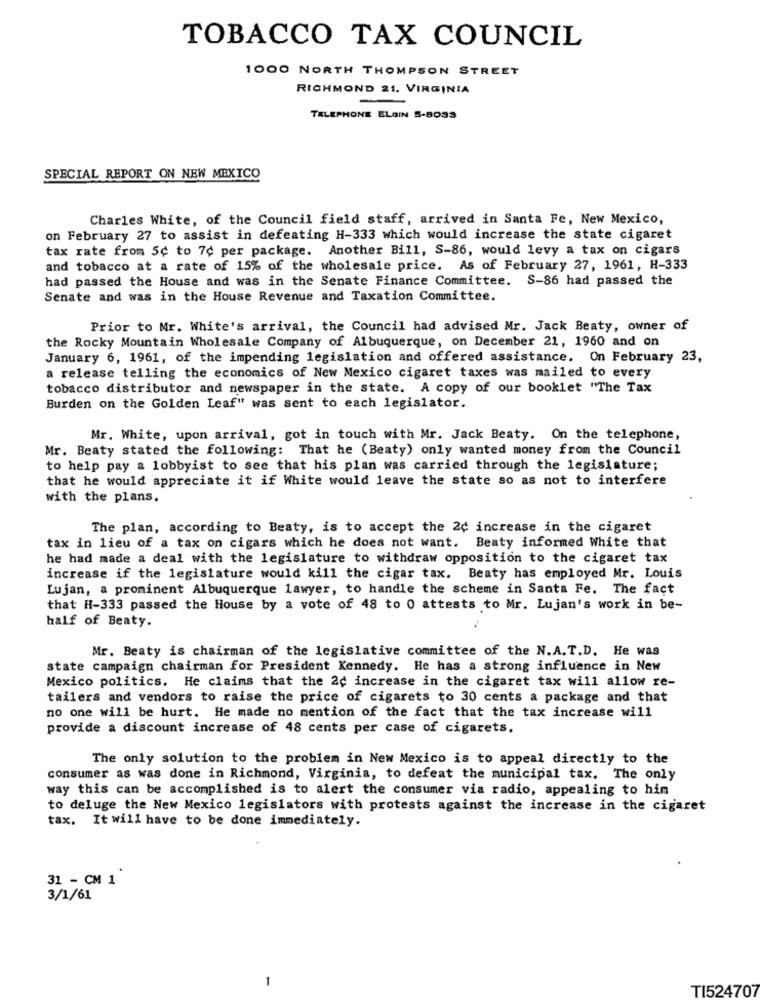
TOBACCO TAX COUNCIL
1000 NORTH THOMPSON STREET
RICHMOND 21. VIRGINIA
TELEPHONE ELGIN 5-8033
SPECIAL REPORT ON NEW MEXICO
Charles White, of the Council field staff, arrived in Santa Fe, New Mexico,
on February 27 to assist in defeating H-333 which would increase the state cigaret
tax rate from 5¢ to 7¢ per package. Another Bill, S-86, would levy a tax on cigars
and tobacco at a rate of 15% of the wholesale price. As of February 27, 1961, H-333
had passed the House and was in the Senate Finance Committee. S-86 had passed the
Senate and was in the House Revenue and Taxation Committee.
Prior to Mr. White's arrival, the Council had advised Mr. Jack Beaty, owner of
the Rocky Mountain Wholesale Company of Albuquerque, on December 21, 1960 and on
January 6, 1961, of the impending legislation and offered assistance. On February 23,
a release telling the economics of New Mexico cigaret taxes was mailed to every
tobacco distributor and newspaper in the state. A copy of our booklet "The Tax
Burden on the Golden Leaf" was sent to each legislator.
Mr. White, upon arrival, got in touch with Mr. Jack Beaty. On the telephone,
Mr. Beaty stated the following: That he (Beaty) only wanted money from the Council
to help pay a lobbyist to see that his plan was carried through the legislature;
that he would appreciate it if White would leave the state so as not to interfere
with the plans.
The plan, according to Beaty, is to accept the 2¢ increase in the cigaret
tax in lieu of a tax on cigars which he does not want. Beaty informed White that
he had made a deal with the legislature to withdraw opposition to the cigaret tax
increase if the legislature would kill the cigar tax. Beaty has employed Mr. Louis
Lujan, a prominent Albuquerque lawyer, to handle the scheme in Santa Fe. The fact
that H-333 passed the House by a vote of 48 to 0 attests to Mr. Lujan's work in be-
half of Beaty.
Mr. Beaty is chairman of the legislative committee of the N.A.T.D. He was
state campaign chairman for President Kennedy. He has a strong influence in New
Mexico politics. He claims that the 2c increase in the cigaret tax will allow re-
tailers and vendors to raise the price of cigarets to 30 cents a package and that
no one will be hurt. He made no mention of the fact that the tax increase will
provide a discount increase of 48 cents per case of cigarets.
The only solution to the problem in New Mexico is to appeal directly to the
consumer as was done in Richmond, Virginia, to defeat the municipal tax. The only
way this can be accomplished is to alert the consumer via radio, appealing to him
to deluge the New Mexico legislators with protests against the increase in the cigaret
tax. It will have to be done immediately.
31 - CM 1
3/1/61
-
TI524707